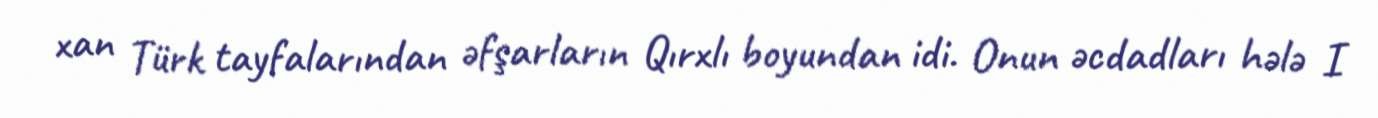
xan Türk tayfalarından əfşarların Qırxlı boyundan idi. Onun əcdadları hələ I